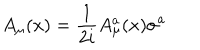
A _ { \mu } ( x ) = { \frac { 1 } { 2 i } } A _ { \mu } ^ { a } ( x ) \sigma ^ { a }